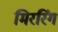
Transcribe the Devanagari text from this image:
मिररिंग